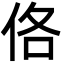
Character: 佫